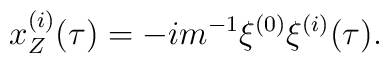
x^{(i)}_Z(\tau)=-im^{-1}\xi^{(0)}\xi^{(i)}(\tau).